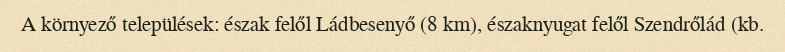
A környező települések: észak felől Ládbesenyő (8 km), északnyugat felől Szendrőlád (kb.